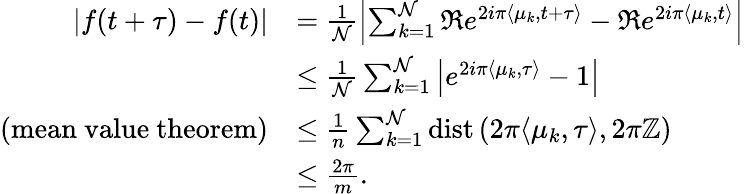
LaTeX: \begin{array}{rl}{|f(t+\tau)-f(t)|}&{=\frac{1}{\mathcal{N}}\left|\sum_{k=1}^{\mathcal{N}}\Re e^{2i\pi\langle\mu_{k},t+\tau\rangle}-\Re e^{2i\pi\langle\mu_{k},t\rangle}\right|}\\ &{\leq\frac{1}{\mathcal{N}}\sum_{k=1}^{\mathcal{N}}\left|e^{2i\pi\langle\mu_{k},\tau\rangle}-1\right|}\\ {\mathrm{(mean~value~theorem)}}&{\leq\frac{1}{n}\sum_{k=1}^{\mathcal{N}}\operatorname{dist}\left(2\pi\langle\mu_{k},\tau\rangle,2\pi\mathbb{Z}\right)}\\ &{\leq\frac{2\pi}{m}.}\end{array}